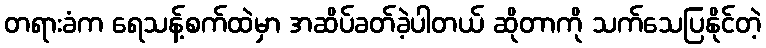
တရားခံက ရေသန့်စက်ထဲမှာ အဆိပ်ခတ်ခဲ့ပါတယ် ဆိုတာကို သက်သေပြနိုင်တဲ့